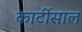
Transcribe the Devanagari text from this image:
कार्टीसाल